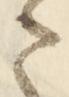
さ